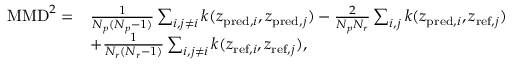
\begin{array} { r l } { \mathrm { M M D } ^ { 2 } = } & { \frac { 1 } { N _ { p } ( N _ { p } - 1 ) } \sum _ { i , j \ne i } k ( z _ { \mathrm { p r e d } , i } , z _ { \mathrm { p r e d } , j } ) - \frac { 2 } { N _ { p } N _ { r } } \sum _ { i , j } k ( z _ { \mathrm { p r e d } , i } , z _ { \mathrm { r e f } , j } ) } \\ & { + \frac { 1 } { N _ { r } ( N _ { r } - 1 ) } \sum _ { i , j \ne i } k ( z _ { \mathrm { r e f } , i } , z _ { \mathrm { r e f } , j } ) , } \end{array}